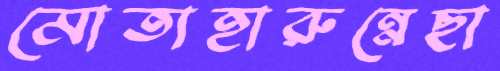
মোতাহারুন্নেছা